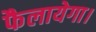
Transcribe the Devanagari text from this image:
फैलायेगा।